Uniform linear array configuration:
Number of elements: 64
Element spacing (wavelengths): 0.75
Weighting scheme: kaiser
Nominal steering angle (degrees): -30
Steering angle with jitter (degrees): -30.083
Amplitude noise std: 0.05
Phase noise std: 0.05

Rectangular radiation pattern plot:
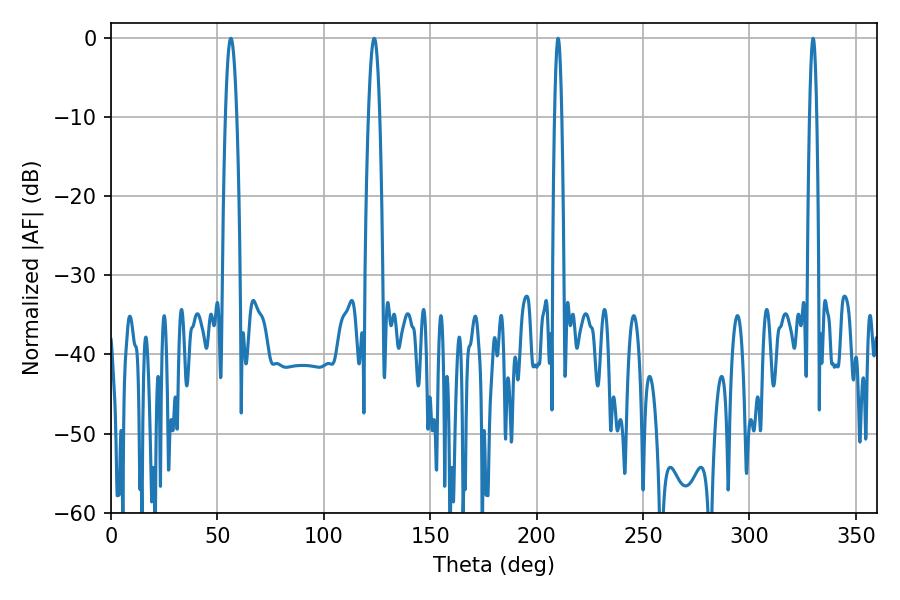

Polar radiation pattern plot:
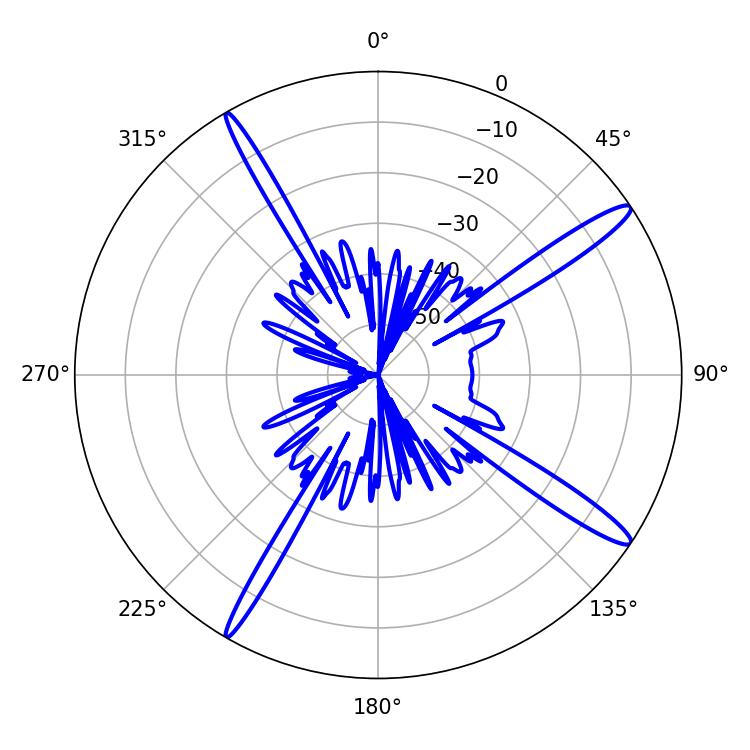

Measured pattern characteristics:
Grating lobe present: TRUE
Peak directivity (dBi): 15.431
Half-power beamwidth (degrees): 2.88
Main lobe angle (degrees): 123.66